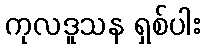
ကုလဒူသန ရှစ်ပါး